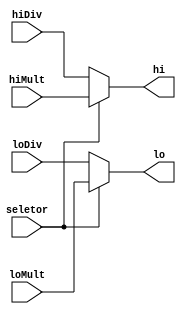
module muxMultDiv (
   input wire seletor,
   input wire [31:0] hiMult,loMult,hiDiv,loDiv,
   output reg [31:0] hi,lo
);
   
 assign hi = (seletor==1) ? hiMult : hiDiv;
 assign lo = (seletor==1) ? loMult : loDiv;
endmodule